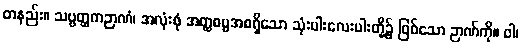
တနည်း။ သဗ္ဗတ္ထကဉာဏံ၊ အလုံးစုံ အတ္ထဓမ္မအစရှိသော သုံးပါးလေးပါးတို့၌ ဖြစ်သော ဉာဏ်ကို။ ဝါ၊